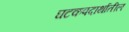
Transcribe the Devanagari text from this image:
घटकपदार्थातील